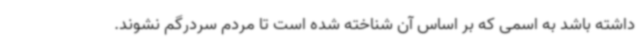
داشته باشد به اسمی که بر اساس آن شناخته شده است تا مردم سردرگم نشوند.